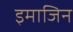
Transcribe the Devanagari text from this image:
इमाजिन